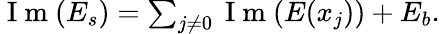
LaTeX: \begin{array}{r}{\mathrm{~I~m~}(E_{s})=\sum_{j\neq 0}\mathrm{~I~m~}(E(x_{j}))+E_{b}.}\end{array}